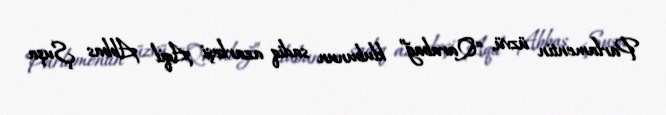
Parlamentin üzvü, “Qarabağ” klubunun sadiq azarkeşi Aqil Abbas Şuşa